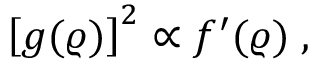
\left[ g ( \varrho ) \right] ^ { 2 } \propto f ^ { \prime } ( \varrho ) \; ,